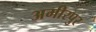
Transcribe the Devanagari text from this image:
अमीरपुर